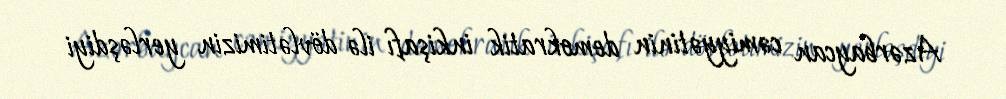
Azərbaycan cəmiyyətinin demokratik inkişafı ilə dövlətimizin yerləşdiyi